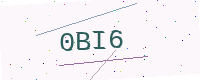
Text: 0BI6